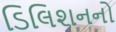
ડિલિશનનો